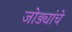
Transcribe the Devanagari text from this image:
जोड्यांचे